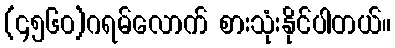
(၄၅၆၀)ဂရမ်လောက် စားသုံးနိုင်ပါတယ်။